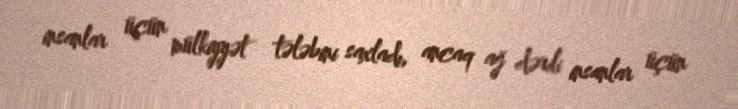
insanlar üçün mülkiyyət tələbini saxladı, ancaq ağ dərili insanlar üçün